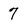
Character: 7